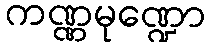
ကဏ္ဏမုဏ္ဍော